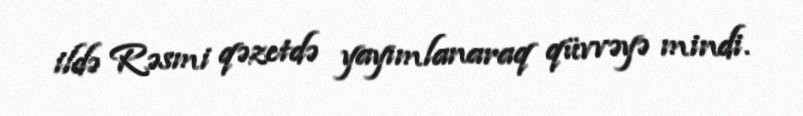
ildə Rəsmi qəzetdə yayımlanaraq qüvvəyə mindi.